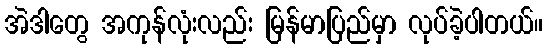
အဲဒါတွေ အကုန်လုံးလည်း မြန်မာပြည်မှာ လုပ်ခဲ့ပါတယ်။